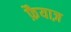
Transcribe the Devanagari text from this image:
फ़ैयाज़